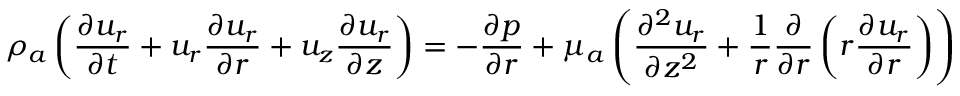
{ \rho } _ { a } \left( \frac { { \partial } { u } _ { r } } { { \partial } t } + { u } _ { r } \frac { { \partial } { u } _ { r } } { { \partial } r } + { u } _ { z } \frac { { \partial } { u } _ { r } } { { \partial } z } \right) = - \frac { { \partial } { p } } { { \partial } r } + { \mu } _ { a } \left( \frac { { \partial } ^ { 2 } { u } _ { r } } { { \partial } { z } ^ { 2 } } + \frac { 1 } { r } \frac { { \partial } } { { \partial } r } \left( r \frac { { \partial } { u } _ { r } } { { \partial } r } \right) \right)